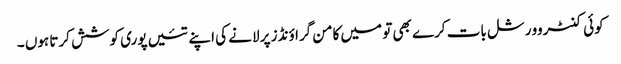
کوئی کنٹروورشل بات کرے بھی تو میں کامن گراؤنڈز پر لانے کی اپنے تئیں پوری کوشش کرتا ہوں ۔